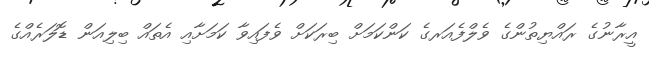
އީރާނުގެ ރައްޔިތުންގެ ވެލްފެއަރގެ ކަންކަމަށް ބިރަކަށް ވެފައިވާ ކަމަށާއި އެތައް ބިލިއަން ޑޮލަރެއްގެ